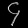
Digit: ၄